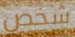
شخص